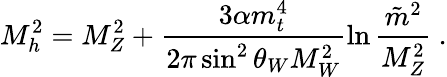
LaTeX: M_{h}^{2}=M_{Z}^{2}+\frac{3\alpha m_{t}^{4}}{2\pi\sin^{2}\theta_{W}M_{W}^{2}}\ln\frac{\tilde{m}^{2}}{M_{Z}^{2}}~.